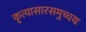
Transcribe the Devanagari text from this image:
कृत्यासारसमुच्चयः